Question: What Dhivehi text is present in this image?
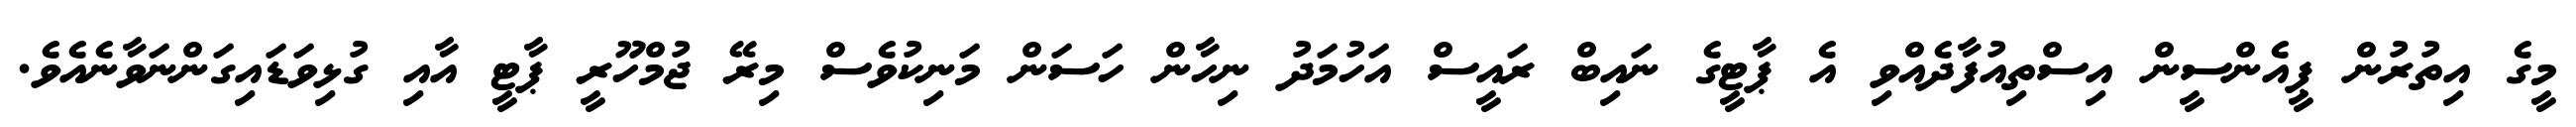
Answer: މީގެ އިތުރުން ޕީއެންސީން އިސްތިއުފާދެއްވި އެ ޕާޓީގެ ނައިބް ރައީސް އަހުމަދު ނިހާން ހަސަން މަނިކުވެސް މިރޭ ޖުމްހޫރީ ޕާޓީ އާއި ގުޅިވަޑައިގަންނަވާނެއެވެ.